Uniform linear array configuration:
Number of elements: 4
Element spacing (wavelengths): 1
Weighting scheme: cosine
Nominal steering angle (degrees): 15
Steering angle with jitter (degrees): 13.13
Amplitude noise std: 0.05
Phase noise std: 0.05

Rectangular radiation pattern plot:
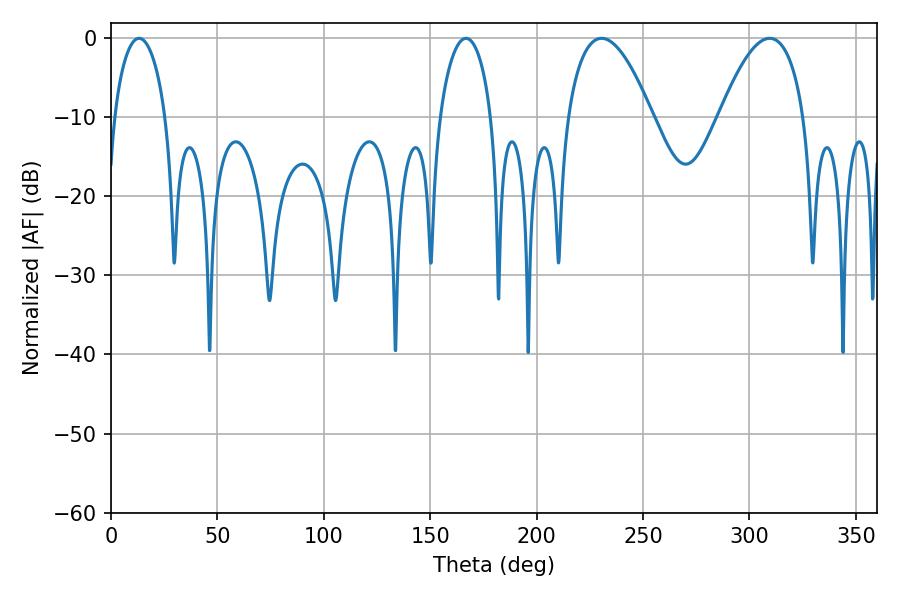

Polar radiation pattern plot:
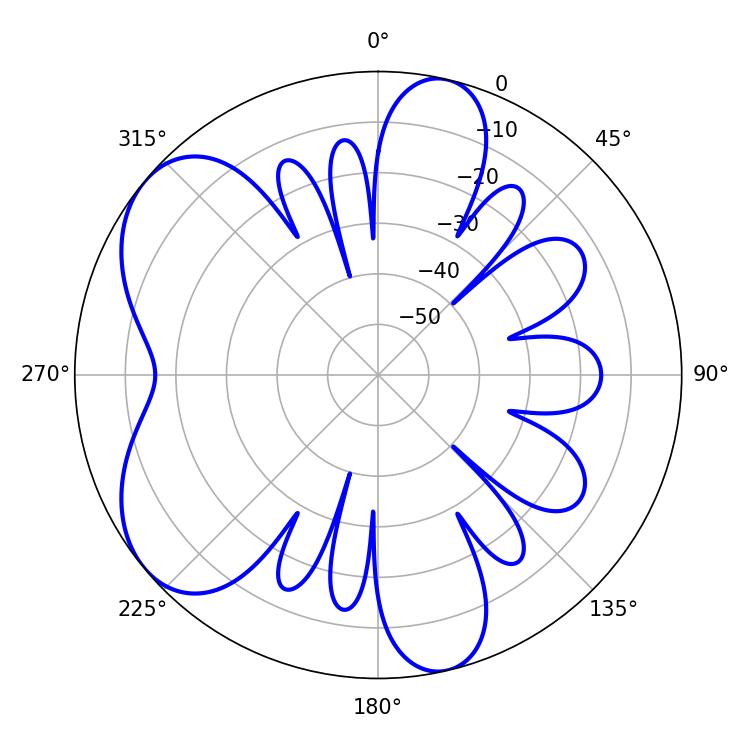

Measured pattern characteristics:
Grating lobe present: TRUE
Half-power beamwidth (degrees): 21.96
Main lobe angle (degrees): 309.42